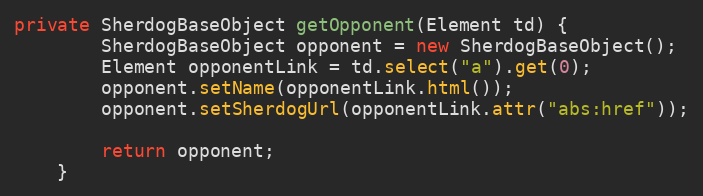
Language: Java
private SherdogBaseObject getOpponent(Element td) {
        SherdogBaseObject opponent = new SherdogBaseObject();
        Element opponentLink = td.select("a").get(0);
        opponent.setName(opponentLink.html());
        opponent.setSherdogUrl(opponentLink.attr("abs:href"));

        return opponent;
    }